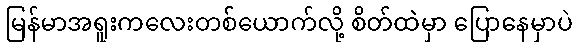
မြန်မာအရူးကလေးတစ်ယောက်လို့ စိတ်ထဲမှာ ပြောနေမှာပဲ